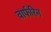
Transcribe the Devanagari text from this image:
वार्फरिन